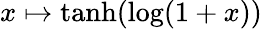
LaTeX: x\mapsto\operatorname{tanh}(\log(1+x))